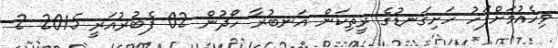
ވިހެއުމަށްފަހު ހަށިގަނޑުގެ ރީތިކަން އަނބުރާ ހޯދުން 02 ފެބުރުއަރީ 2015 2